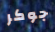
جوكر